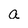
Character: a